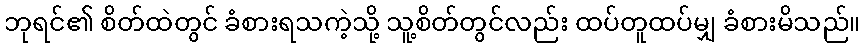
ဘုရင်၏ စိတ်ထဲတွင် ခံစားရသကဲ့သို့ သူ့စိတ်တွင်လည်း ထပ်တူထပ်မျှ ခံစားမိသည်။